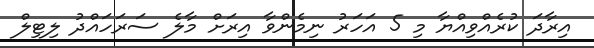
އިރާދަ ކުރެއްވިއްޔާ މި 5 އަހަރު ނިމެންވާ އިރަށް މާލެ ސަރަހައްދު ލިޓިލް